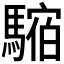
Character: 𩥥